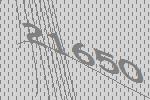
21650